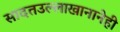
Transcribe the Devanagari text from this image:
सादतउल्लाखानानेही